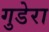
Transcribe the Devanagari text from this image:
गुडेरा